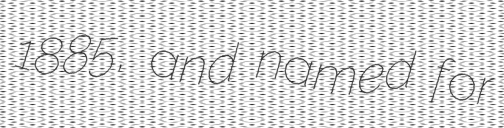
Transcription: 1885, and named for